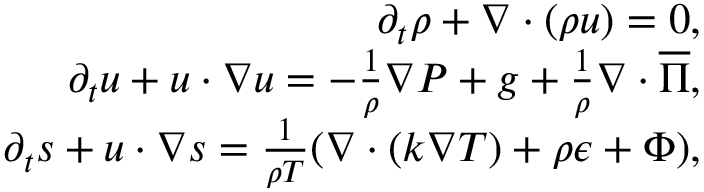
\begin{array} { r } { \partial _ { t } \rho + \ensuremath { \nabla } \cdot ( \rho \ensuremath { \boldsymbol } { u } ) = 0 , } \\ { \partial _ { t } \ensuremath { \boldsymbol } { u } + \ensuremath { \boldsymbol } { u } \cdot \ensuremath { \nabla } \ensuremath { \boldsymbol } { u } = - \frac { 1 } { \rho } \ensuremath { \nabla } P + \ensuremath { \boldsymbol } { g } + \frac { 1 } { \rho } \ensuremath { \nabla } \cdot \ensuremath { \boldsymbol } { \overline { { \Pi } } } , } \\ { \partial _ { t } s + \ensuremath { \boldsymbol } { u } \cdot \ensuremath { \nabla } s = \frac { 1 } { \rho T } ( \ensuremath { \nabla } \cdot ( k \ensuremath { \nabla } T ) + \rho \epsilon + \Phi ) , } \end{array}